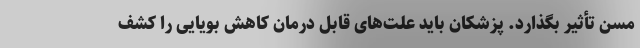
مسن تأثیر بگذارد. پزشکان باید علت‌های قابل درمان کاهش بویایی را کشف